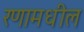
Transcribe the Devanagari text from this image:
रणामधील